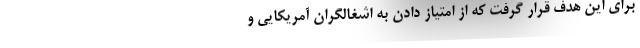
برای این هدف قرار گرفت که از امتیاز دادن به اشغالگران آمریکایی و